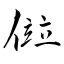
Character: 傡